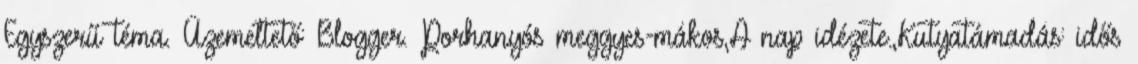
Egyszerű téma. Üzemeltető: Blogger. Porhanyós meggyes-mákos,A nap idézete.,Kutyatámadás: idős